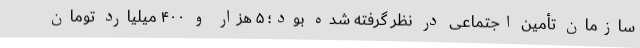
سازمان تأمین اجتماعی در نظر گرفته شده بود؛ ۵ هزار و ۴۰۰ میلیارد تومان